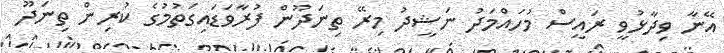
އޭނާ ވިދާޅުވީ ރައީސް މުހައްމަދު ނަޝީދު މިރޭ ތިނަދޫން ފުރާވަޑައިގަތުމުގެ ކުރިން ތިނަދޫ